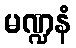
မဏ္ဍနံ